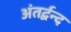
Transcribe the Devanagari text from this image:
अंतर्द्वन्द